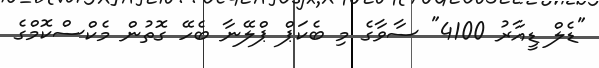
"ޑެލް ޑީއާރު 4100" ސާވާގެ މި ބެކަޕް ޕްލޭނާ ބެހޭ ގޮތުން މެކްސްކޮމްގެ